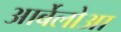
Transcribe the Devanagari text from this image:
आर्बेलोआ